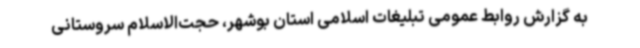
به گزارش روابط عمومی تبلیغات اسلامی استان بوشهر، حجت‌الاسلام سروستانی